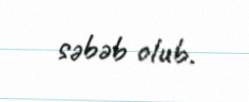
səbəb olub.